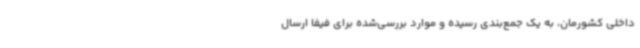
داخلی کشورمان، به یک جمع‌بندی رسیده و موارد بررسی‌شده برای فیفا ارسال